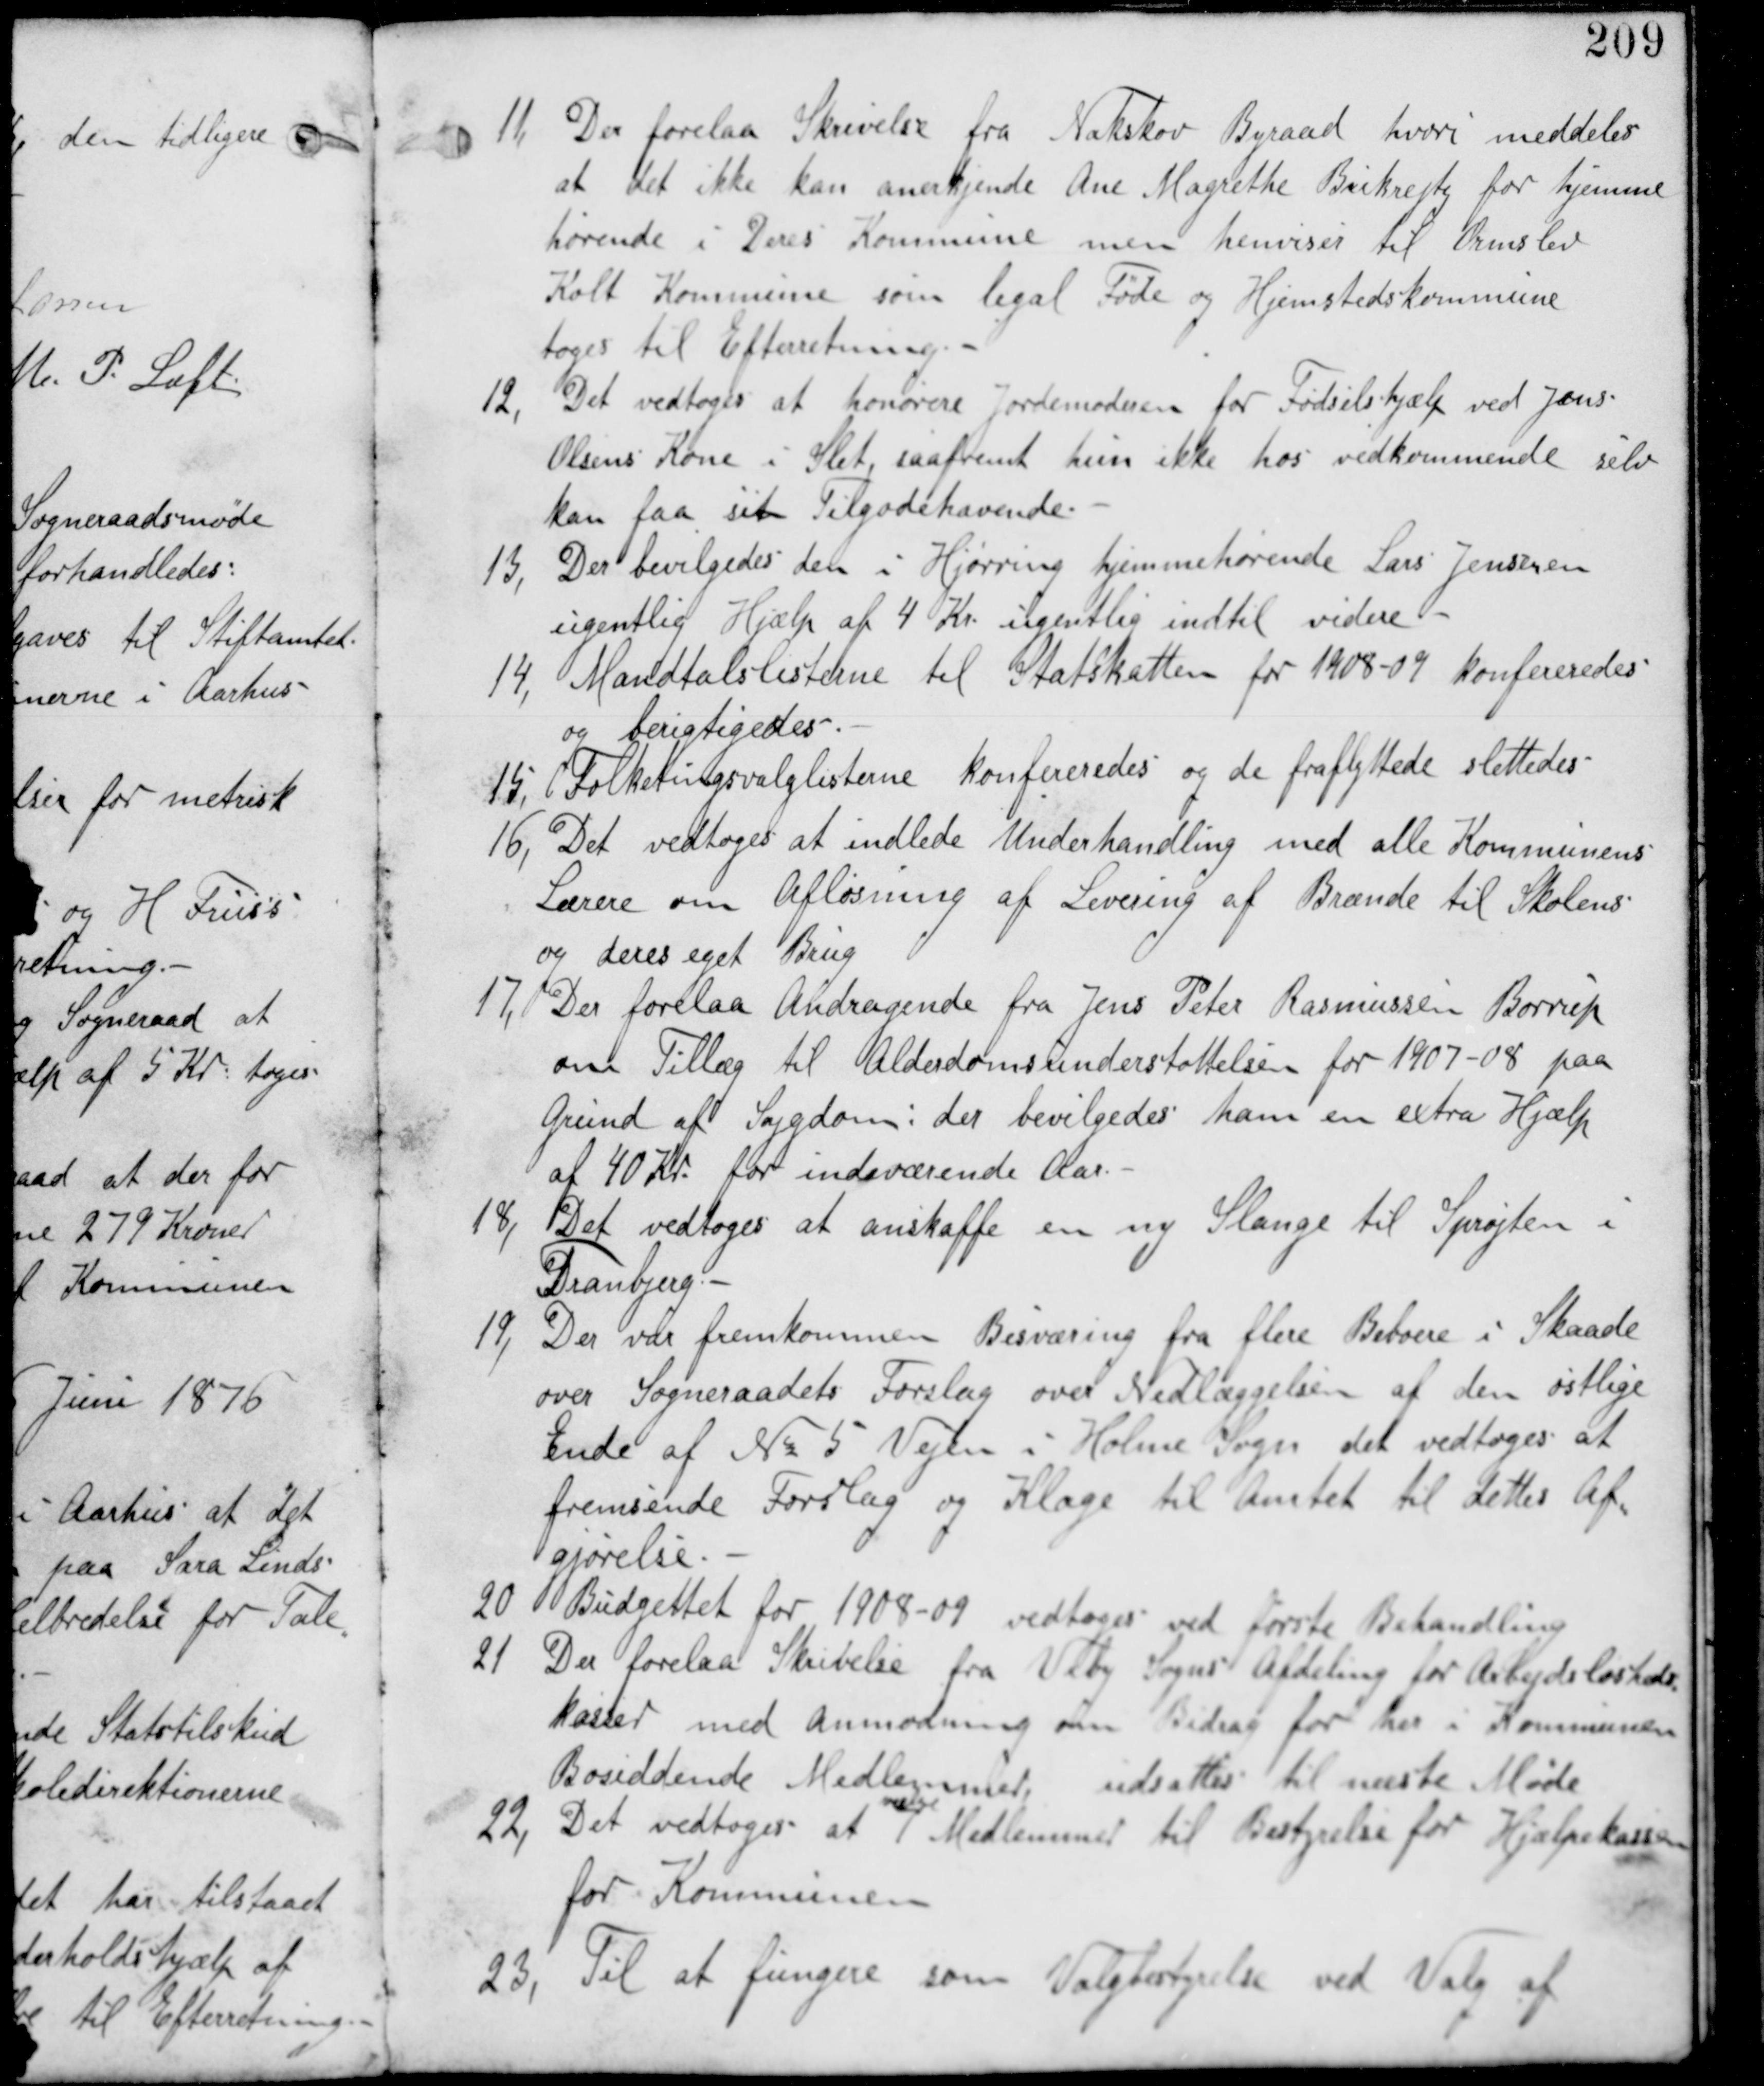
Transskription:
11. Der forelaa Skrivelse fra Nakskov Byraad hvori meddeles
at det ikke kan anerkende Ane Magrethe Brikrejte for hjemme
hørende i Deres Kommune men henviser til Ormslev
Kolt Kommune som legal Føde og Hjemstedskommune
tages til Efterretning

12, Det vedtages at honorere Jordemoderen for Fødselshjælp ved Jens
Olsens Kone i Slet, saafremt hun ikke hos vedkommende selv
kan faa sit Tilgodehavende

13, Der bevilgedes den i Hjørring hjemmehørende Lars Jensen en
ugentlig Hjælp af 4 Kr ugentlig indtil videre.

14, Mandtalslisterne til Statskatten for 1908-09 konfereredes
og berigtigedes.

15, Folketingslisterne konfereredes og de fraflyttede slettedes:

16, Det vedtages at indlede Underhandling med alle Kommunens
Lærere om Afløsning af Levering af Brænde til Skolens
og deres eget brug.

17, Der forelaa Andragende fra Jens Peter Rasmussen Børrup
om Tillæg til Alderdomsunderstøttelsen for 1907-08 paa
Grund af Sygdom: der bevilgedes ham en extra Hjælp
af 40 Kr for indeværende Aar.

18, Det vedtages at anskaffe en ny Slange til Sprøjten i
Tranbjerg

19, Der var fremkommen Besværing fra flere Beboere i Skaade
over Sogneraadets Forslag over Nedlæggelsen af den østlige
Ende af Nr 5 Vejen i Holme Sogn det vedtages at
fremsende Forslag og Klage til Amtet til dettes Af
gjørelse.

20 Budgettet for 1908-09 vedtages ved første Behandling.

21 Der forelaa Skrivelse fra Viby Sogns Afdeling for Arbejdsløsheds
kasser med anmodning om Bidrag for her i Kommunen
Bosiddende Medlemmer udsattes til næste Møde.

22, Det vedtages at
vælge
Medlemmer til Bestyrelse for Hjælpekassen
for Kommunen

23, Til at fungere som Valgbestyrelse ved Valg af